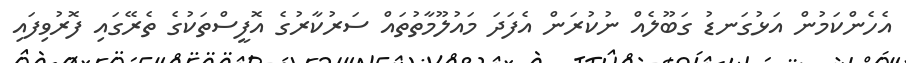
އެހެންކަމުން އަޅުގަނޑު ގަބޫލެއް ނުކުރަން އެފަދަ މައުލޫމާތުތައް ސަރުކާރުގެ އޮފީސްތަކުގެ ތެރޭގައި ފޮރުވިފައި